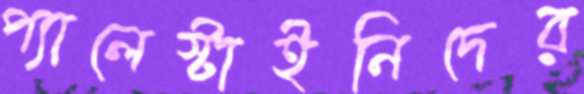
প্যালেস্টাইনিদের